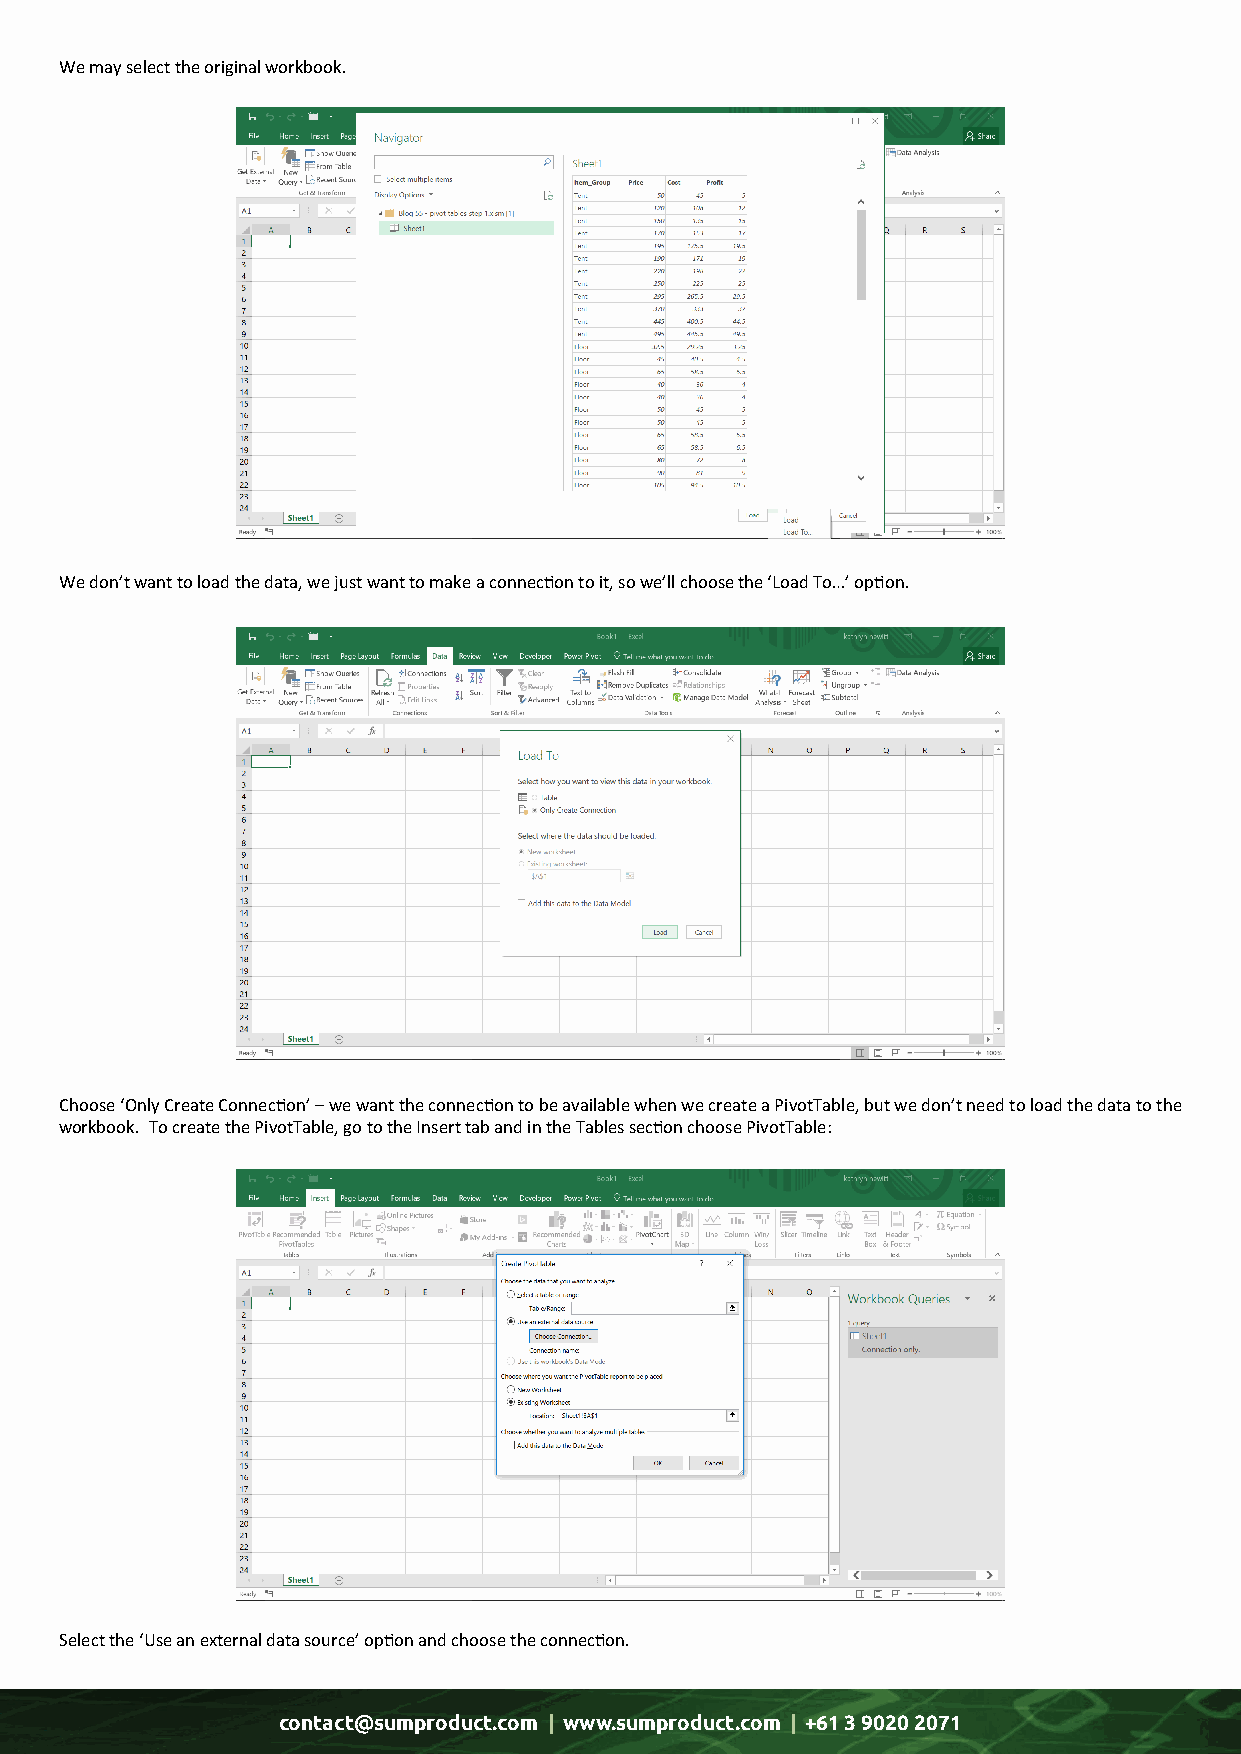
We may select the original workbook.
 We don’t want to load the data, we just want to make a connection to it, so we’ll choose the ‘Load To…’ option.
 Choose ‘Only Create Connection’ – we want the connection to be available when we create a PivotTable, but we don’t need to load the data to the
 workbook. To create the PivotTable, go to the Insert tab and in the Tables section choose PivotTable:
 Select the ‘Use an external data source’ option and choose the connection.
 contact@sumproduct.com | www.sumproduct.com | +61 3 9020 2071